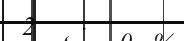
2   .